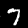
Label: 7